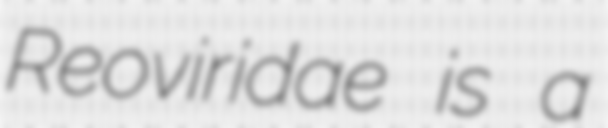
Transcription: Reoviridae is a